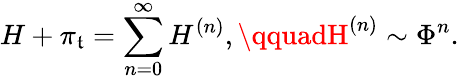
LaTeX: H+\pi_{\mathfrak{t}}=\sum_{n=0}^{\infty}H^{(n)},\qquadH^{(n)}\sim\Phi^{n}.